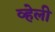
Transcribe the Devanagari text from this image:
व्हेली